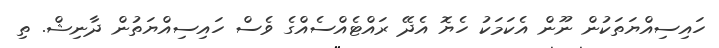
ހައިސިއްޔަތަކުން ނޫން އެކަމަކު ހެޔޮ އެދޭ ރައްޓެއްސެއްގެ ވެސް ހައިސިއްޔަތުން ދާނިޝް. ތި